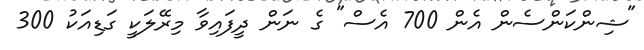
"ޝިންކަންސެން އެން 700 އެސް" ގެ ނަން ދީފައިވާ މިރޭލަކީ ގަޑިއަކު 300